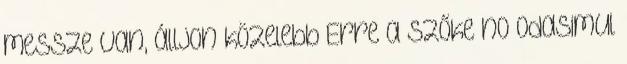
messze van, álljon közelebb Erre a szőke no odasimul